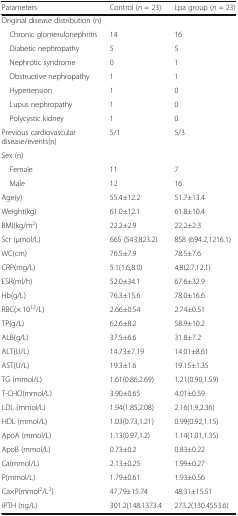
<table><thead><tr><td><b>Parameters</b></td><td><b>Control (<i>n</i> = 23)</b></td><td><b>Lpa group (<i>n</i> = 23)</b></td></tr></thead><tbody><tr><td colspan="3">Original disease distribution (n)</td></tr><tr><td> Chronic glomerulonephritis</td><td>14</td><td>16</td></tr><tr><td> Diabetic nephropathy</td><td>5</td><td>5</td></tr><tr><td> Nephrotic syndrome</td><td>0</td><td>1</td></tr><tr><td> Obstructive nephropathy</td><td>1</td><td>1</td></tr><tr><td> Hypertension</td><td>1</td><td>0</td></tr><tr><td> Lupus nephropathy</td><td>1</td><td>0</td></tr><tr><td> Polycystic kidney</td><td>1</td><td>0</td></tr><tr><td>Previous cardiovascular disease/events(n)</td><td>5/1</td><td>5/3</td></tr><tr><td colspan="3">Sex (n)</td></tr><tr><td> Female</td><td>11</td><td>7</td></tr><tr><td> Male</td><td>12</td><td>16</td></tr><tr><td>Age(y)</td><td>55.4±12.2</td><td>51.7±13.4</td></tr><tr><td>Weight(kg)</td><td>61.0±12.1</td><td>61.8±10.4</td></tr><tr><td>BMI(kg/m<sup>2</sup>)</td><td>22.2±2.9</td><td>22.2±2.3</td></tr><tr><td>Scr (μmol/L)</td><td>665 (543,823.2)</td><td>858 (694.2,1216.1)</td></tr><tr><td>WC(cm)</td><td>76.5±7.9</td><td>78.5±7.6</td></tr><tr><td>CRP(mg/L)</td><td>5.1(1.6,8.0)</td><td>4.8(2.7,12.1)</td></tr><tr><td>ESR(ml/h)</td><td>52.0±34.1</td><td>67.6±32.9</td></tr><tr><td>Hb(g/L)</td><td>76.3±15.6</td><td>78.0±16.6</td></tr><tr><td>RBC(× 10<sup>12</sup>/L)</td><td>2.66±0.54</td><td>2.74±0.51</td></tr><tr><td>TP(g/L)</td><td>62.6±8.2</td><td>58.9±10.2</td></tr><tr><td>ALB(g/L)</td><td>37.5±6.6</td><td>31.8±7.2</td></tr><tr><td>ALT(U/L)</td><td>14.73±7.19</td><td>14.01±8.61</td></tr><tr><td>AST(U/L)</td><td>19.3±1.6</td><td>19.15±1.35</td></tr><tr><td>TG (mmol/L)</td><td>1.61(0.86,2.69)</td><td>1.21(0.90,1.59)</td></tr><tr><td>T-CHO(mmol/L)</td><td>3.90±0.65</td><td>4.01±0.59</td></tr><tr><td>LDL (mmol/L)</td><td>1.94(1.85,2.08)</td><td>2.16(1.9,2.36)</td></tr><tr><td>HDL (mmol/L)</td><td>1.03(0.73,1.21)</td><td>0.99(0.92,1.15)</td></tr><tr><td>ApoA (mmol/L)</td><td>1.13(0.97,1.2)</td><td>1.14(1.01,1.35)</td></tr><tr><td>ApoB (mmol/L)</td><td>0.73±0.2</td><td>0.83±0.22</td></tr><tr><td>Ca(mmol/L)</td><td>2.13±0.25</td><td>1.99±0.27</td></tr><tr><td>P(mmol/L)</td><td>1.79±0.61</td><td>1.93±0.56</td></tr><tr><td>Ca×P(mmol<sup>2</sup>/L<sup>2</sup>)</td><td>47.79±15.74</td><td>48.31±15.51</td></tr><tr><td>iPTH (ng/L)</td><td>301.2(148.1373.4</td><td>273.2(130.4553.6)</td></tr></tbody></table>